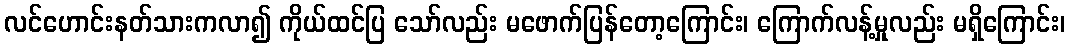
လင်ဟောင်းနတ်သားကလာ၍ ကိုယ်ထင်ပြ သော်လည်း မဖောက်ပြန်တော့ကြောင်း၊ ကြောက်လန့်မှုလည်း မရှိကြောင်း၊